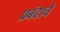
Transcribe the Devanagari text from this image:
प्रबंदाचे